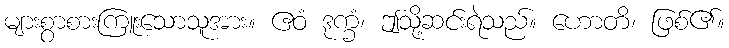
များစွာစားကြူးသောသူအား။ ဧဝံ ဒုက္ခံ၊ ဤသို့ဆင်းရဲသည်။ ဟောတိ၊ ဖြစ်၏။